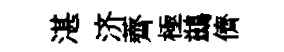
湛济薺極鷀儕